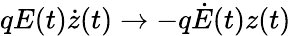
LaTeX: qE(t)\dot{z}(t)\rightarrow-q\dot{E}(t)z(t)